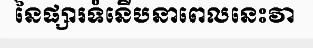
នៃផ្សារទំនើបនាពេលនេះវា